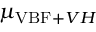
\mu _ { \ensuremath { \mathrm { V B F } } + \ensuremath { V H } }